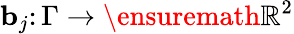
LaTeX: \mathbf{b}_{j}\colon\Gamma\to\ensuremath{\mathbb{R}}^{2}